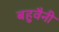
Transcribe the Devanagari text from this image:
बहुवैनी